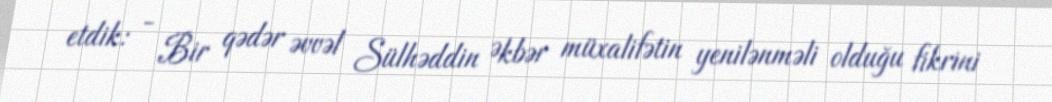
etdik: - Bir qədər əvvəl Sülhəddin Əkbər müxalifətin yenilənməli olduğu fikrini